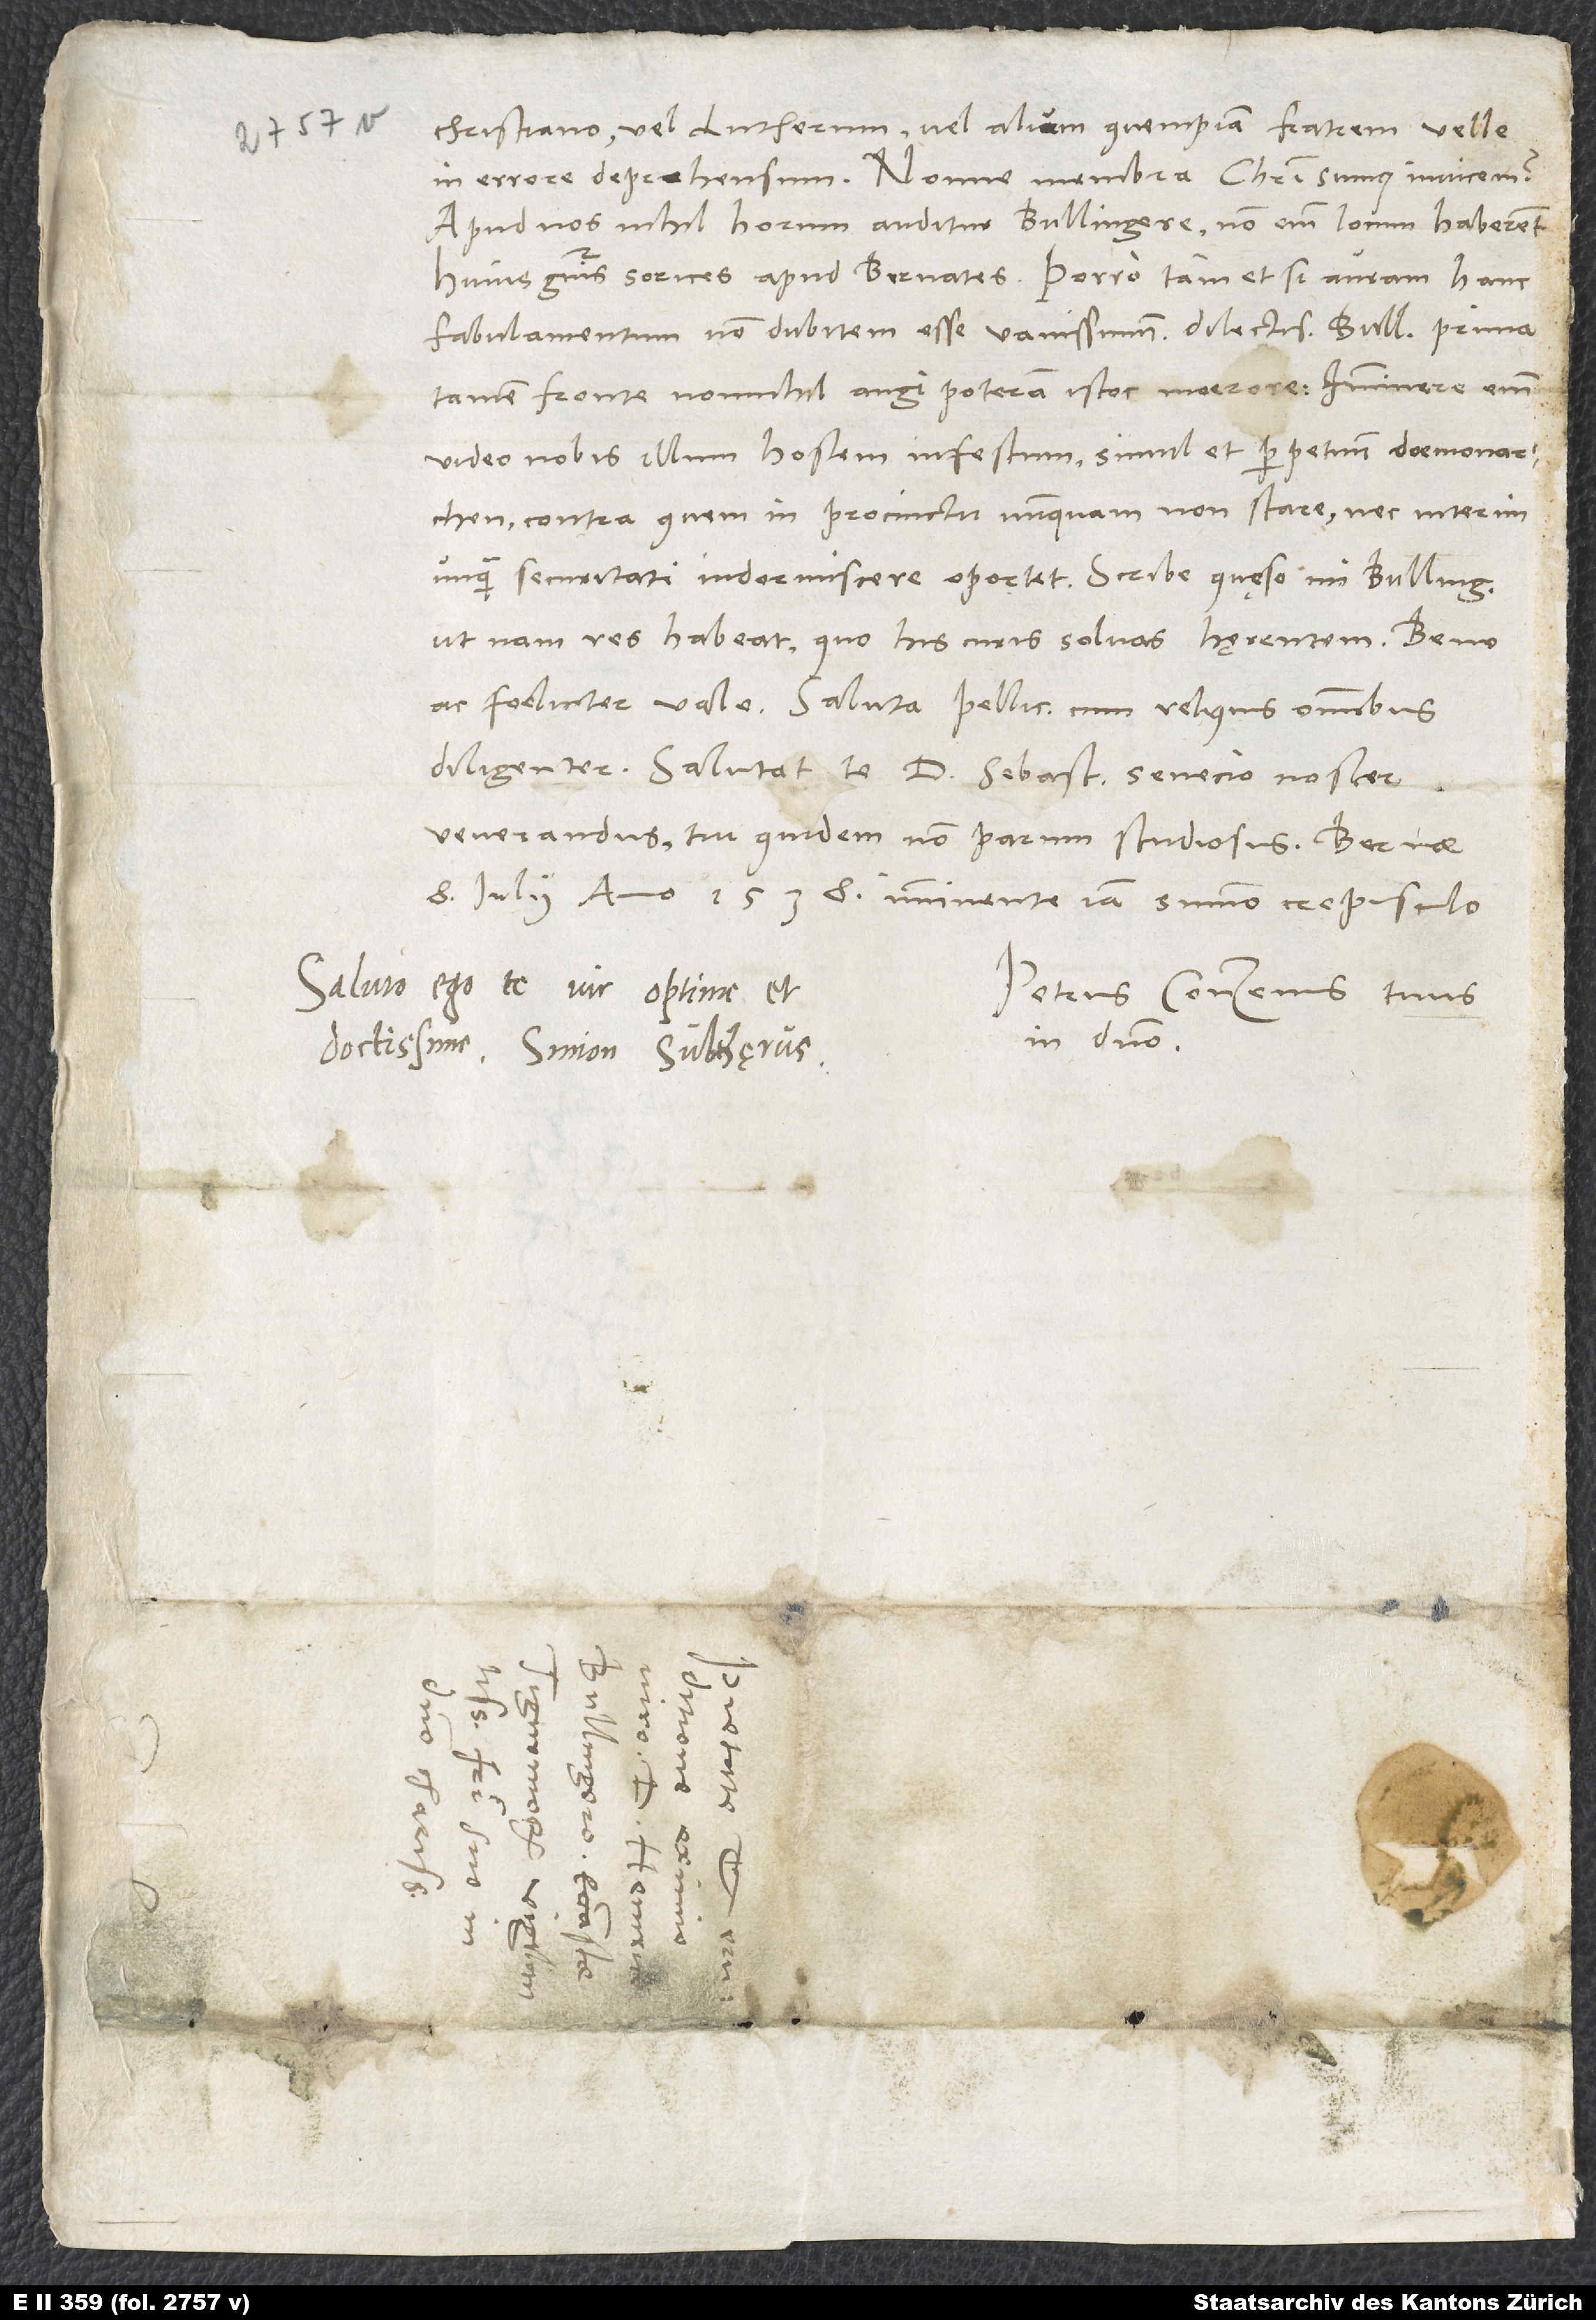
christiano vel Lutherum vel alium quempiam fratrem velle
in errore deprehensum. Nonne membra Christi sumus invicem?
Apud nos nihil horum auditur, Bullingere; non enim locum haberent
huius generis sorices apud Bernates. Porro, tametsi auram hanc
fabulamentum non dubitem esse vanissimum, dilectissime Bullingere, prima
tamen fronte nonnihil angi poteram istoc moerore; imminere enim
video nobis illum hostem infestum simul et perpetuum daemonarchen,
contra quem in procinctu nunquam non stare nec interim
unquam securitati indormiscere oportet. Scribe, quęso, mi Bullingere,
ut nam res habeat, quo his curis solvas hęrentem.
ac foeliciter vale. Saluta Pellicanum cum reliquis omnibus
diligenter. Salutat te d Sebastianus, senecio noster
venerandus, tui quidem non parum studiosus.
8. iulii anno 1538, imminente iam summo crepusculo.
Saluto ego te, vir optime et
Petrus Conzenus tuus
in domino.
doctissime. Simon Sultzęrus.